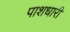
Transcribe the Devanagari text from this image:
पाशधारी